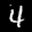
Label: 4